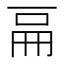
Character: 𠀷